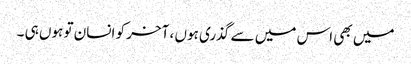
میں بھی اس میں سے گذری ہوں ، آخر کو انسان تو ہوں ہی ۔